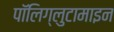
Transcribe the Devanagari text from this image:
पॉलिग्लुटामाइन